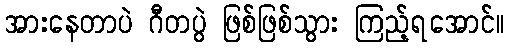
အားနေတာပဲ ဂီတပွဲ ဖြစ်ဖြစ်သွား ကြည့်ရအောင်။